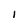
Character: 1